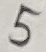
Text: 5